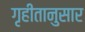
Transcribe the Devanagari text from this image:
गृहीतानुसार